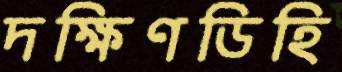
দক্ষিণডিহি